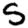
Digit: 5